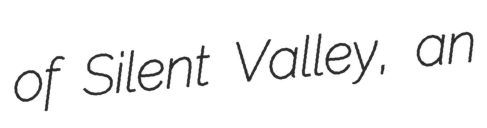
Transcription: of Silent Valley, an